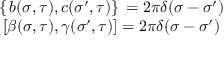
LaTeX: \begin{array} { c c } { { \left\{ \, b ( \sigma , \tau ) , c ( { \sigma } ^ { \prime } , \tau ) \right\} \, = 2 \pi \delta ( \sigma - { \sigma } ^ { \prime } ) } } & { { } } \\ { { \left[ \beta ( \sigma , \tau ) , \gamma ( { \sigma } ^ { \prime } , \tau ) \right] = 2 \pi \delta ( \sigma - { \sigma } ^ { \prime } ) } } & { { } } \end{array}